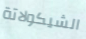
الشيكولاتة